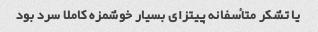
یا تشکر متأسفانه پیتزای بسیار خوشمزه کاملا سرد بود